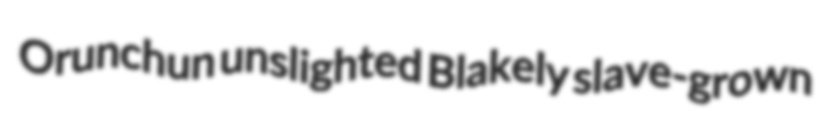
Orunchun unslighted Blakely slave-grown